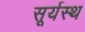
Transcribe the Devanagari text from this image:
सूर्यस्थ